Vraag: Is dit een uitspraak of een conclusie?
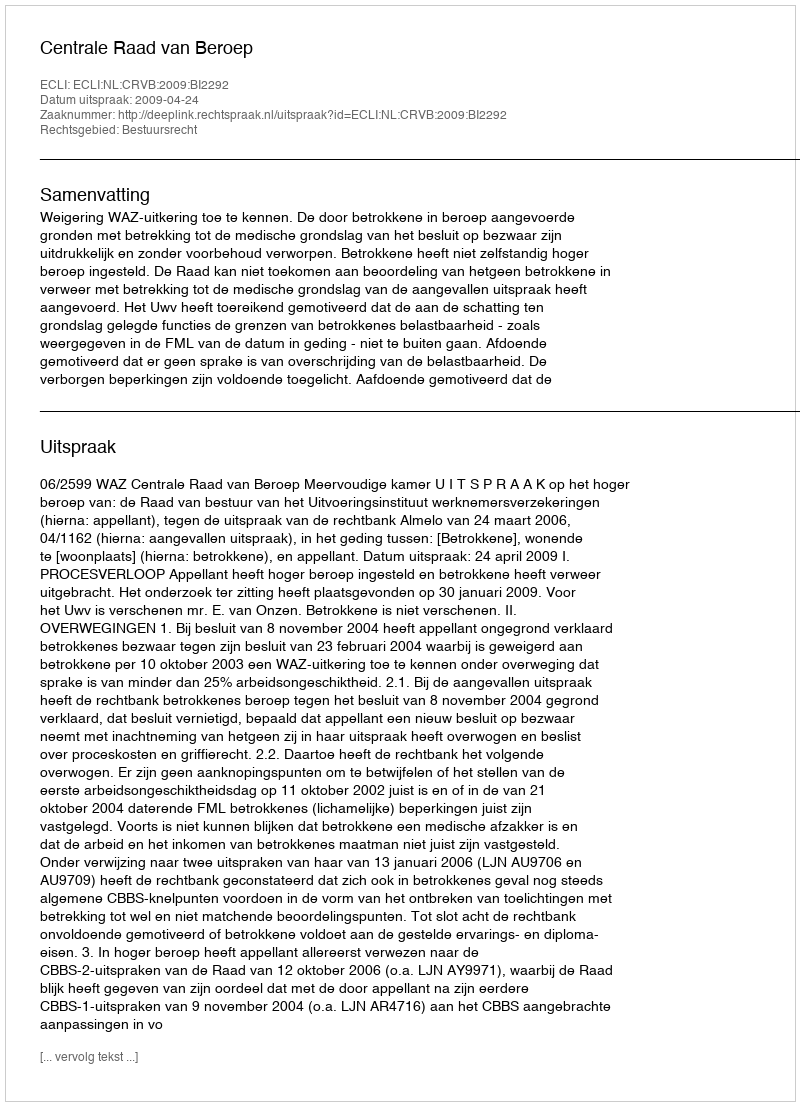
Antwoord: Uitspraak